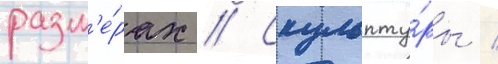
разм'е́рах // Скульпту́ры /